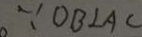
\because O B \bot A C